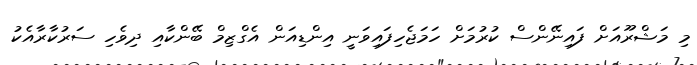
މި މަޝްރޫއަށް ފައިނޭންސް ކުރުމަށް ހަމަޖެހިފައިވަނީ އިންޑިއަން އެގްޒިމް ބޭންކާއި ދިވެހި ސަރުކާރާއެކު